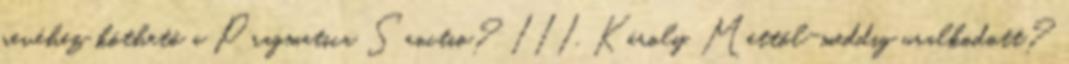
nevéhez köthető a Pragmatica Sanctio? III. Károly. Mettől-meddig uralkodott?